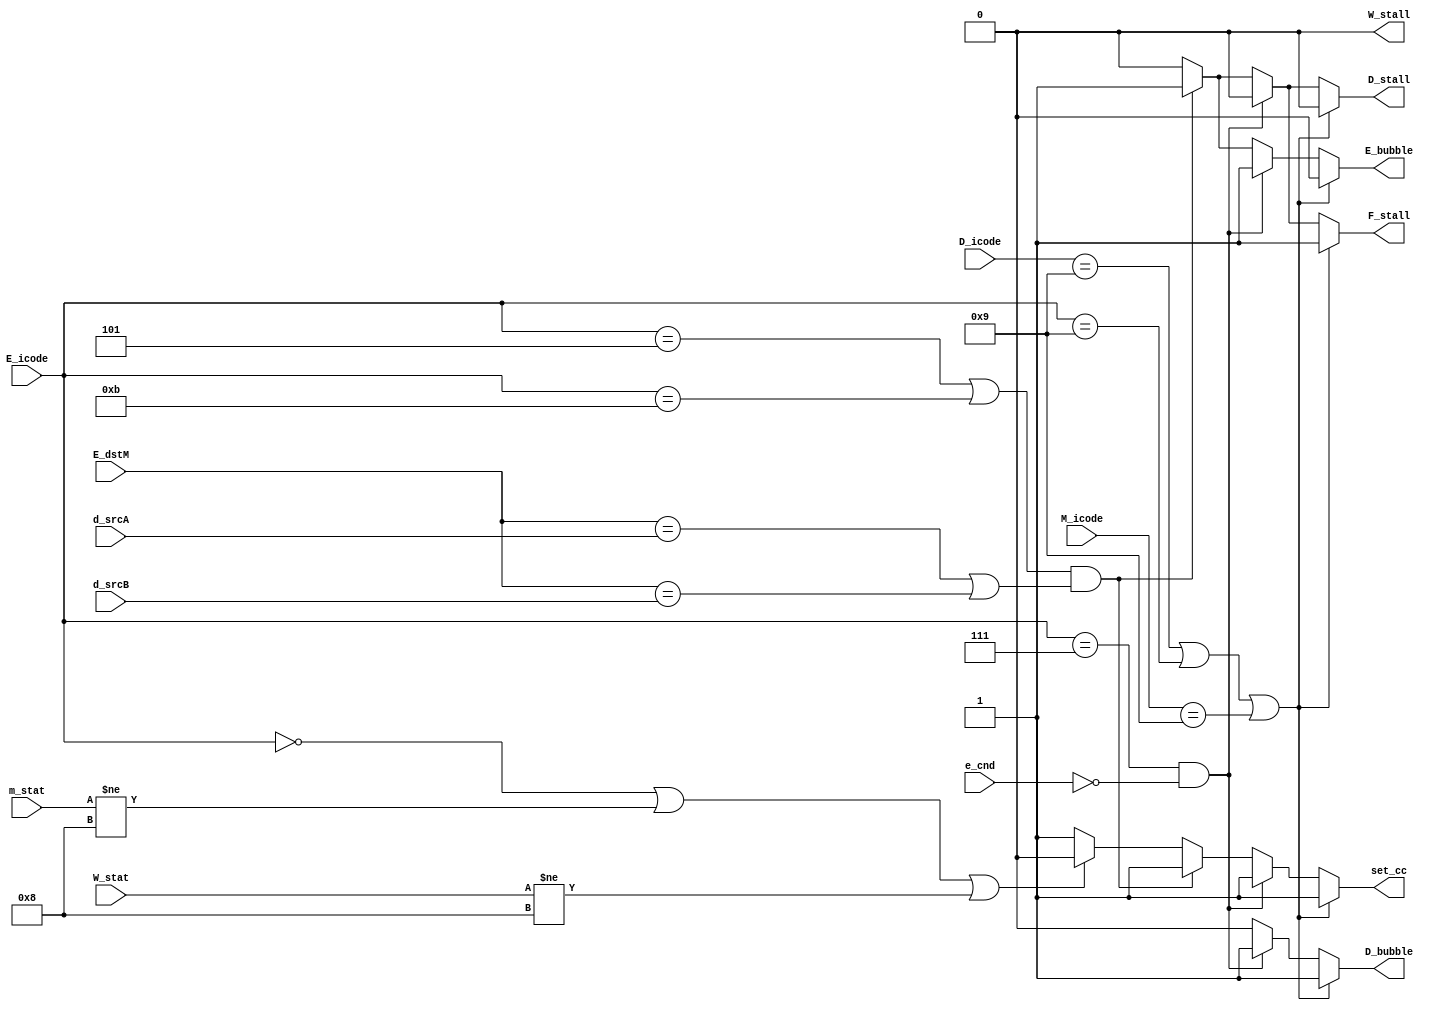
module control (
    input [3:0] D_icode, d_srcA, d_srcB,
    input [3:0] E_icode, E_dstM,
    input e_cnd,
    input [3:0] M_icode,
    input [0:3] m_stat,
    input [0:3] W_stat,

    output reg set_cc, F_stall, D_stall, D_bubble, E_bubble, W_stall
);

always @(*)
begin
    F_stall = 0;
    D_stall = 0;
    D_bubble = 0;
    E_bubble = 0;
    W_stall = 0;
    set_cc = 1;

    if (D_icode==4'b1001 || E_icode==4'b1001 || M_icode==4'b1001) // stall/bubble condition for ret
    begin
       F_stall = 1'b1;
       D_bubble = 1'b1; 
    end
    else if (E_icode==4'b0111 && !e_cnd) // stall/bubble condition for Jump misprediction
    begin
        D_bubble = 1'b1;
        E_bubble = 1'b1;
    end
    else if((E_icode == 4'b0101 || E_icode == 4'b1011) && (E_dstM==d_srcA || E_dstM==d_srcB)) // stall/bubble condition for load-use hazard
    begin
        F_stall = 1'b1;
        D_stall = 1'b1;
        E_bubble = 1'b1;
    end
    else if(E_icode == 4'b0000 || m_stat!=4'b1000 || W_stat!=4'b1000)
    begin
        set_cc = 1'b0;
    end
end
endmodule